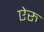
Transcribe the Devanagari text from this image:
ऐरु